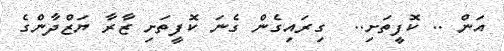
އަން .. ކޮފީތަށި..  ގިރައިގެން ގެނަ ކޮފީތަށި ޒާރާ ޔަޒްދާންގެ